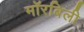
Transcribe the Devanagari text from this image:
मॉरबिली